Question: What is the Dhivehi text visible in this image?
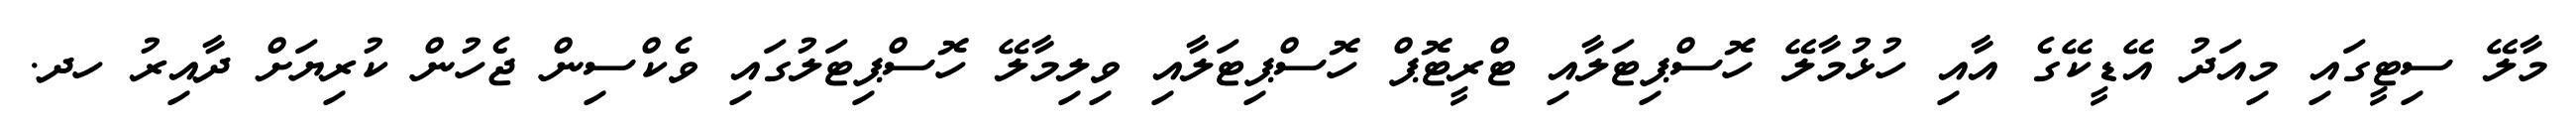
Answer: މާލޭ ސިޓީގައި މިއަދު އޭޑީކޭގެ އާއި ހުޅުމާލޭ ހޮސްޕިޓަލާއި ޓްރީޓޮޕް ހޮސްޕިޓަލާއި ވިލިމާލޭ ހޮސްޕިޓަލުގައި ވެކްސިން ޖެހުން ކުރިޔަށް ދާއިރު ހދ.